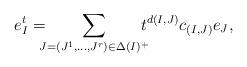
LaTeX: \begin{align*}e_{I}^{t}&=\!\!\!\!\sum_{J=(J^1,\dots,J^r)\in \Delta(I)^+}\!\!\!\!t^{d(I,J)} c_{(I,J)}e_J,\end{align*}